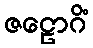
ဇဠောဂိံ